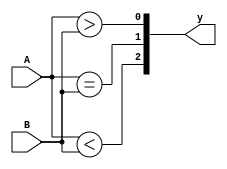
module comparator(y,A,B);
output[2:0] y;
input[3:0] A,B;
assign y[0]=(A>B);
assign y[1]=(A==B);
assign y[2]=(A<B);
endmodule 

module testbench;
reg[3:0] A,B;
wire[2:0] y;
comparator comparator1(y,A,B);
initial 
begin 
    $display("A B A>B A=B A<B");
    $monitor("%b %b %b %b %b ", A, B, y[0],y[1],y[2]);
    A=4'b1111; B=4'b1000;
    #10 A=4'b1100; B=4'b1100;
    #10 A=4'b0011; B=4'b0011;
    #10 A=4'b1010; B=4'b1100;
end
endmodule